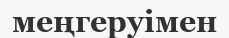
меңгеруімен